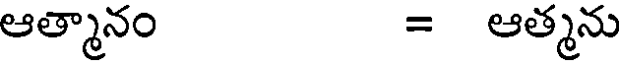
ఆత్మానం = ఆత్మను